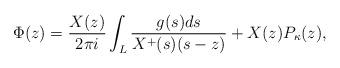
LaTeX: \begin{align*} \Phi(z)=\frac{X(z)}{2\pi i}\int_L \frac{g(s)ds}{X^+(s)(s-z)}+X(z)P_\kappa(z), \end{align*}